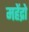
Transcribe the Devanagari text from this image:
महेंद्रो